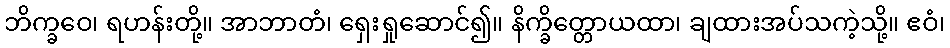
ဘိက္ခဝေ၊ ရဟန်းတို့။ အာဘာတံ၊ ရှေးရှုဆောင်၍။ နိက္ခိတ္တောယထာ၊ ချထားအပ်သကဲ့သို့။ ဧဝံ၊